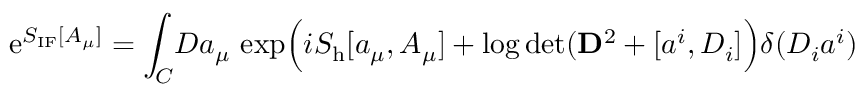
\mathrm { e } ^ { S _ { \mathrm { I F } } [ A _ { \mu } ] } = \int _ { C } \! { \cal D } a _ { \mu } \, \exp \Bigl ( i S _ { \mathrm { h } } [ a _ { \mu } , A _ { \mu } ] + \log \operatorname * { d e t } ( { \bf D } ^ { 2 } + [ a ^ { i } , D _ { i } ] \Bigr ) \delta ( { \cal D } _ { i } a ^ { i } )